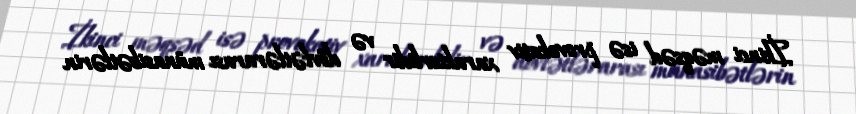
İkinci məqsəd isə provokativ xarakterlidir və dövlətlərarası münasibətlərin